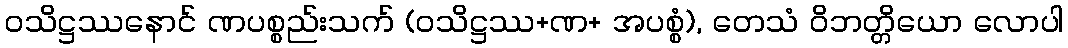
ဝသိဋ္ဌဿနောင် ဏပစ္စည်းသက် (ဝသိဋ္ဌဿ+ဏ+ အပစ္စံ), တေသံ ဝိဘတ္တိယော လောပါ